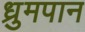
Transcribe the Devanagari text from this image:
ध्रुमपान